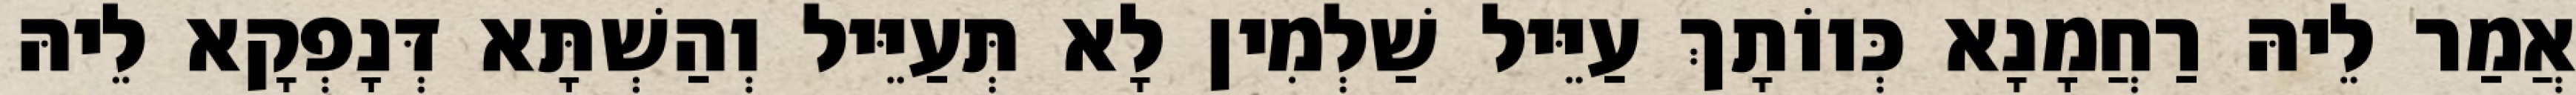
אֲמַר לֵיהּ רַחֲמָנָא כְּווֹתָךְ עַיֵּיל שַׁלְמִין לָא תְּעַיֵּיל וְהַשְׁתָּא דְּנָפְקָא לֵיהּ